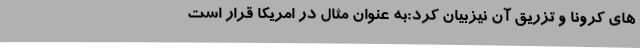
های کرونا و تزریق آن نیزبیان کرد:به عنوان مثال در امریکا قرار است